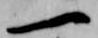
一